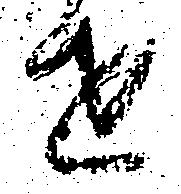
せ